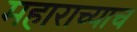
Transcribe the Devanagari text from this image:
महाराच्याच